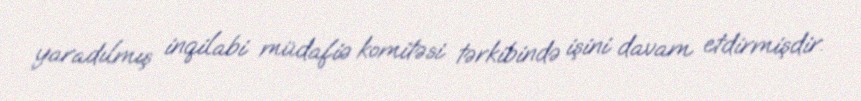
yaradılmış inqilabi müdafiə komitəsi tərkibində işini davam etdirmişdir.